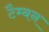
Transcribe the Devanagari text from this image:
टैम्बन